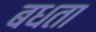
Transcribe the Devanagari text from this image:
बधता